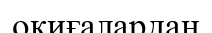
оқиғалардан